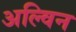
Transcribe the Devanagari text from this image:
अल्विन